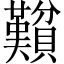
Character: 𬥮